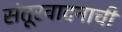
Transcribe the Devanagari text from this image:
संतूरवादनाची